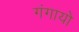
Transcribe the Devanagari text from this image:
गंगायो